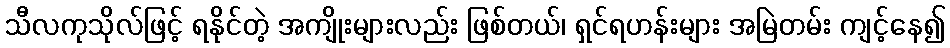
သီလကုသိုလ်ဖြင့် ရနိုင်တဲ့ အကျိုးများလည်း ဖြစ်တယ်၊ ရှင်ရဟန်းများ အမြဲတမ်း ကျင့်နေ၍